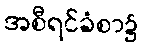
အစီရင်ခံစာ၌